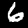
Label: 6